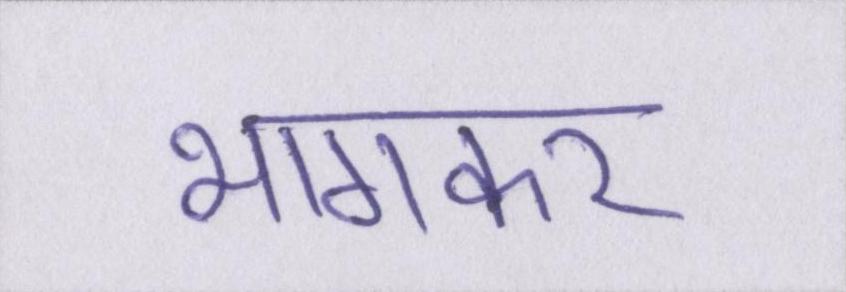
भागकर